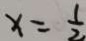
x = \frac { 1 } { 2 }